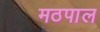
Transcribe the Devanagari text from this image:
मठपाल